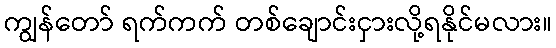
ကျွန်တော် ရက်ကက် တစ်ချောင်းငှားလို့ရနိုင်မလား။